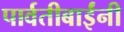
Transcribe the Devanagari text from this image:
पार्वतीबाईंनी